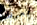
يعرفك